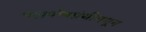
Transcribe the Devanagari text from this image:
पश्चपोषग्रंथीमधून